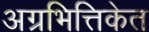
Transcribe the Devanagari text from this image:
अग्रभित्तिकेत